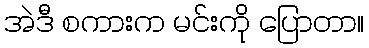
အဲဒီ စကားက မင်းကို ပြောတာ။